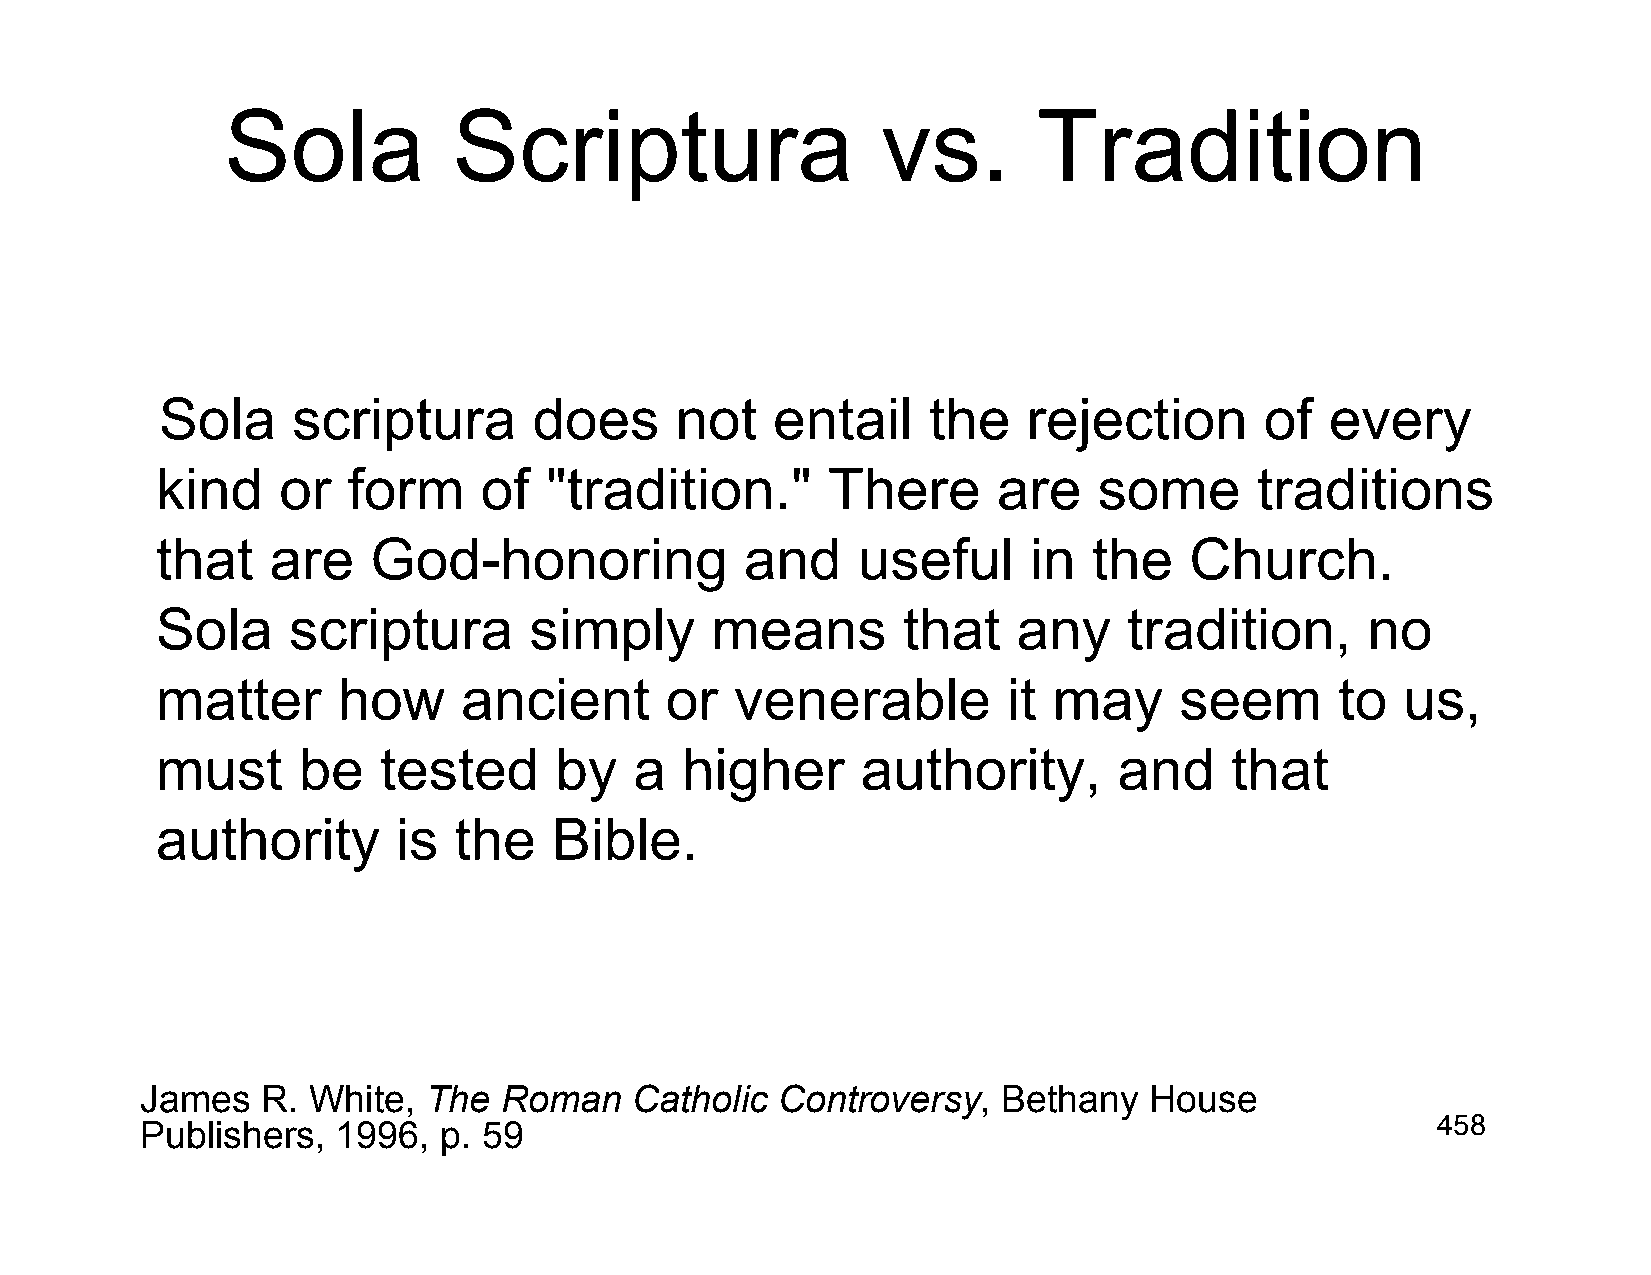
Sola           Scriptura                   vs.        Tradition
 Sola    scriptura       does      not   entail    the    rejection       of  every
 kind    or   form     of  "tradition."       There      are    some      traditions
 that    are    God-honoring            and     useful     in  the    Church.
 Sola     scriptura       simply      means        that   any     tradition,     no
 matter      how      ancient      or   venerable         it may     seem       to  us,
 must      be   tested      by   a  higher      authority,       and    that
 authority       is  the    Bible.
 James   R. White,  The  Roman    Catholic Controversy,   Bethany   House
 Publishers,  1996,  p. 59                                                             458